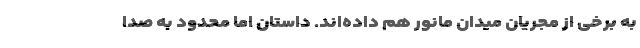
به برخی از مجریان میدان مانور هم داده‌اند. داستان اما محدود به صدا